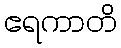
ဧရကာတိ